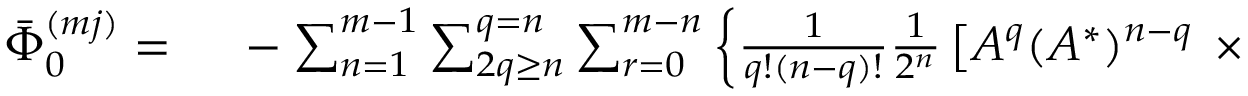
\begin{array} { r l } { \Bar { \Phi } _ { 0 } ^ { ( m j ) } = ~ } & { { } - \sum _ { n = 1 } ^ { m - 1 } \sum _ { 2 q \geq n } ^ { q = n } \sum _ { r = 0 } ^ { m - n } \left\{ \frac { 1 } { q ! ( n - q ) ! } \frac { 1 } { 2 ^ { n } } \left[ A ^ { q } ( A ^ { * } ) ^ { n - q } \right. \right. \times } \end{array}